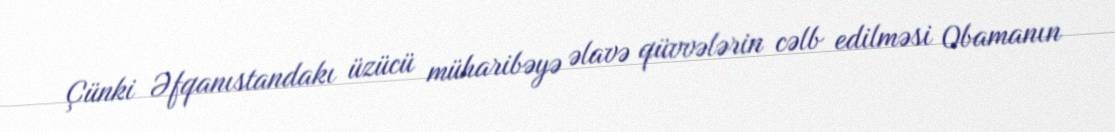
Çünki Əfqanıstandakı üzücü müharibəyə əlavə qüvvələrin cəlb edilməsi Obamanın